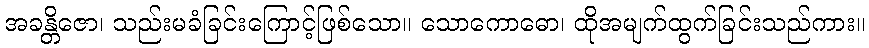
အခန္တိဇော၊ သည်းမခံခြင်းကြောင့်ဖြစ်သော။ သောကောဓော၊ ထိုအမျက်ထွက်ခြင်းသည်ကား။